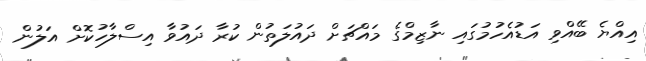
އިއްޔެ ބޭއްވި އަޑުއެހުމުގައި ނާޒިމްގެ މައްޗަށް ދައުލަތުން ކުރާ ދައުވާ އިސްލާހުކޮށް އަލުން